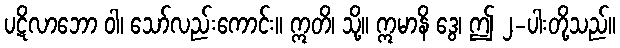
ပဋိလာဘော ဝါ၊ သော်လည်းကောင်း။ ဣတိ၊ သို့။ ဣမာနိ ဒွေ၊ ဤ ၂-ပါးတို့သည်။